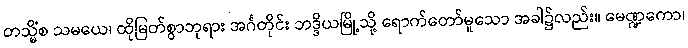
တသ္မိံစ သမယေ၊ ထိုမြတ်စွာဘုရား အင်္ဂတိုင်း ဘဒ္ဒိယမြို့သို့ ရောက်တော်မူသော အခါ၌လည်း။ မေဏ္ဍကော၊